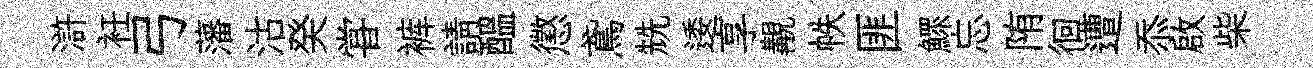
滸衽弓藩沽癸甞裤請醖懲鳶兟逶享覯帙匪鰥忘陏徊遭忝啟柴